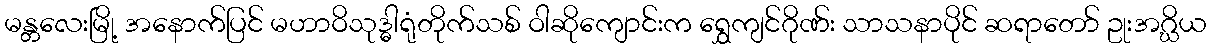
မန္တလေးမြို့ အနောက်ပြင် မဟာဝိသုဒ္ဓါရုံတိုက်သစ် ဝါဆိုကျောင်းက ရွှေကျင်ဂိုဏ်း သာသနာပိုင် ဆရာတော် ဥုးအဂ္ဃိယ